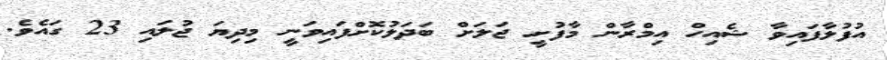
އުފުލާފައިވާ ޝެއިހް އިމްރާން މާފުށީ ޖަލަށް ބަދަލުކޮށްފައިވަނީ މިދިޔަ ޖުލައި 23 ގައެވެ.